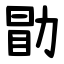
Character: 勖